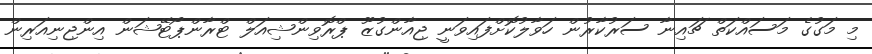
މި މަގުގެ މަސައްކަތް ޗައިނާ ސަރުކާރުން ހަވާލުކޮށްފައިވަނީ ޖިއާންގުޒޫ ޕްރޮވިންޝިއަލް ޓްރާންޕޯޓޭޝަން އިންޖިނިއަރިން